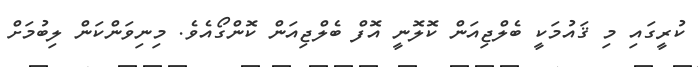
ކުރީގައި މި ޤައުމަކީ ބެލްޖިއަން ކޮލޮނީ އޮފް ބެލްޖިއަން ކޮންގޯއެވެ. މިނިވަންކަން ލިބުމަށް